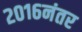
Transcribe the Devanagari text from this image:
२०१६नंतर